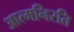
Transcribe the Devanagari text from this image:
आत्मनिरति